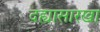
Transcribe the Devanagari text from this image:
दह्यासारखा